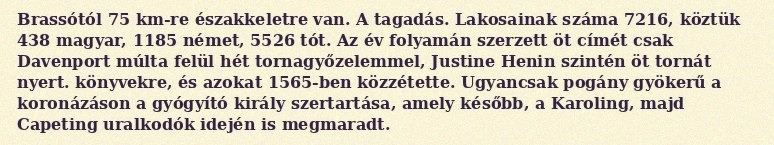
Brassótól 75 km-re északkeletre van. A tagadás. Lakosainak száma 7216, köztük 438 magyar, 1185 német, 5526 tót. Az év folyamán szerzett öt címét csak Davenport múlta felül hét tornagyőzelemmel, Justine Henin szintén öt tornát nyert. könyvekre, és azokat 1565-ben közzétette. Ugyancsak pogány gyökerű a koronázáson a gyógyító király szertartása, amely később, a Karoling, majd Capeting uralkodók idején is megmaradt.